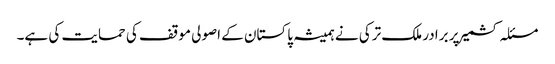
مسئلہ کشمیر پر برادر ملک ترکی نے ہمیشہ پاکستان کے اصولی موقف کی حمایت کی ہے۔